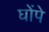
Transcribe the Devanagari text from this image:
घोंपे